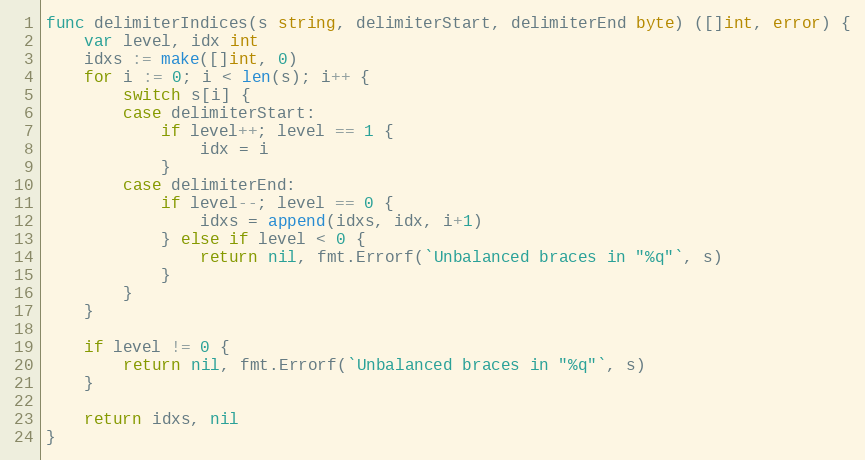
Language: Go
func delimiterIndices(s string, delimiterStart, delimiterEnd byte) ([]int, error) {
	var level, idx int
	idxs := make([]int, 0)
	for i := 0; i < len(s); i++ {
		switch s[i] {
		case delimiterStart:
			if level++; level == 1 {
				idx = i
			}
		case delimiterEnd:
			if level--; level == 0 {
				idxs = append(idxs, idx, i+1)
			} else if level < 0 {
				return nil, fmt.Errorf(`Unbalanced braces in "%q"`, s)
			}
		}
	}

	if level != 0 {
		return nil, fmt.Errorf(`Unbalanced braces in "%q"`, s)
	}

	return idxs, nil
}